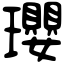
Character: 瓔